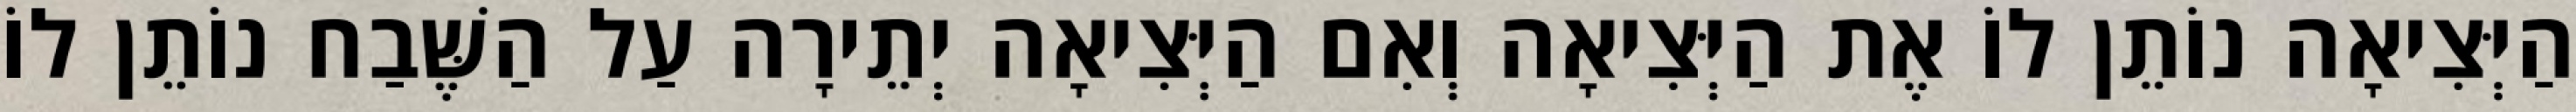
הַיְּצִיאָה נוֹתֵן לוֹ אֶת הַיְּצִיאָה וְאִם הַיְּצִיאָה יְתֵירָה עַל הַשֶּׁבַח נוֹתֵן לוֹ